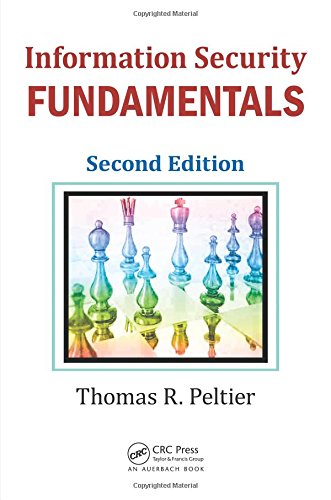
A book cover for Information Security Fundamentals, Second Edition; Thomas R. Peltier; Business & Money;